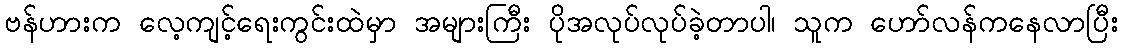
ဗန်ဟားက လေ့ကျင့်ရေးကွင်းထဲမှာ အများကြီး ပိုအလုပ်လုပ်ခဲ့တာပါ၊ သူက ဟော်လန်ကနေလာပြီး